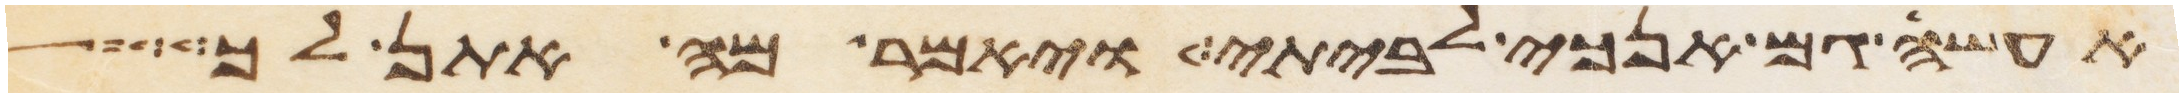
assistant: אעשה גם אנכי לביתי ויאמר מה אתן לך